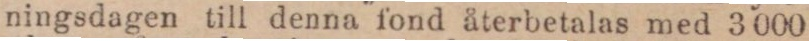
ningsdagen till denna fond återbetalas med 3 000